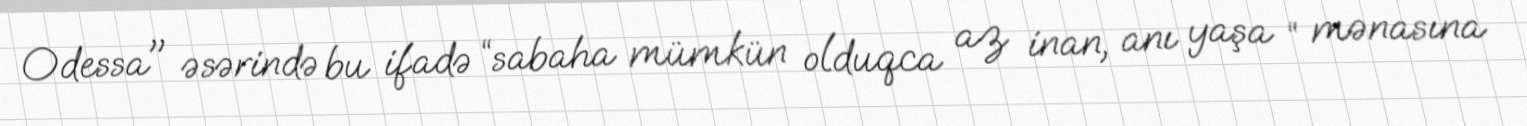
Odessa" əsərində bu ifadə “sabaha mümkün olduqca az inan, anı yaşa “ mənasına